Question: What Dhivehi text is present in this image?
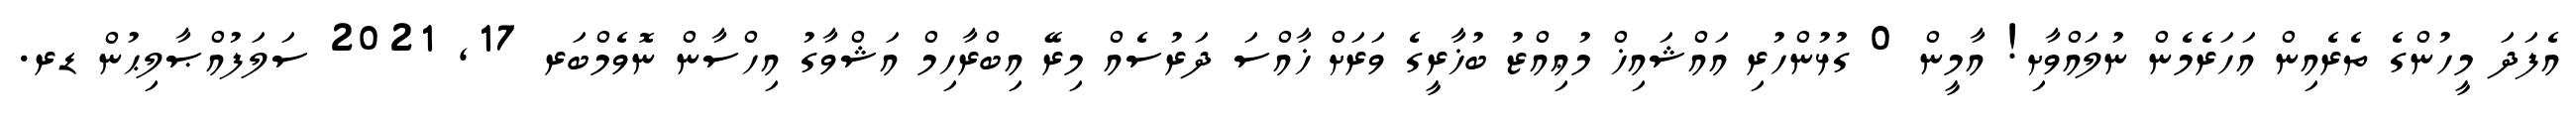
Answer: އެފަދަ މީހުންގެ ތެރެއިން އަހަރެމެން ނުލައްވާށި! އާމީން 0 ގުޅުންހުރި އައްޝައިޚް މުޢިއްޒު ބުޚާރީގެ ވަރަށް ޚާއްސަ ދަރުސެއް މިރޭ އިބްރާހިމް އަޝްވާގު އިހްސާން ނޮވެމްބަރ 17, 2021 ސަލަފުއްޞާލިޙުން ޑރ.